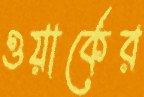
ওয়ার্কের